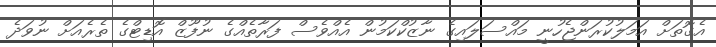
އެގޮތަށް އަމަލުކުރަންޖެހުނީ މައްސަލައިގެ ނާޒުކްކަމުން އެއްވެސް ފަރާތެއްގެ ނުފޫޒް އޮޑިޓްގެ ތެރެއަށް ނުވަދެ